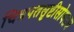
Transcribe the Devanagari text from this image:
चित्रपतसृष्टीसोबतच